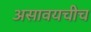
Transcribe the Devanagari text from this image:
असावयचीच